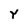
Character: Y